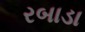
રબાડા